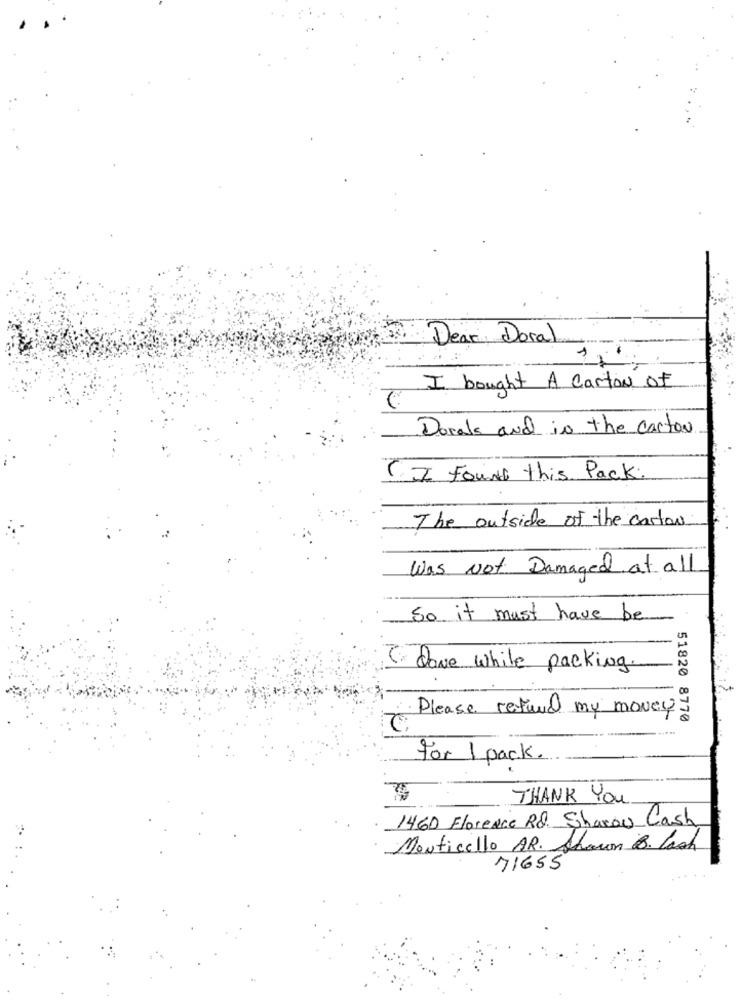
Dear Doral
I bought A carton of
Dorals and in the carton
CI Found this Pack.
The outside of the carton
Was Not Damaged at all
So it must have be
( dove while packing
Please refund my money
51820 8770
For 1 pack.
THANK YOU
1460 Florence Rd. Sharon Cash
Monticello AR. Shown B. Cash
71655